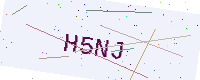
Text: H5NJ